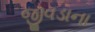
જીવડાના